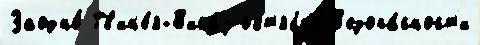
Заодно́ Гв'ин'е́я-Б'иса́у окт'ябр'я́ Б'езопа́сност'и